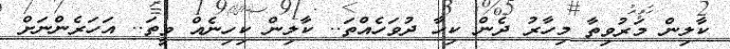
ކާލިން މަރުވިތާ މިހާރު ދެން ކިހާ ދުވަހެއްތަ.. ކާލިން ކިހިނެއް ވީތަ.. އަހަރެންނަށް